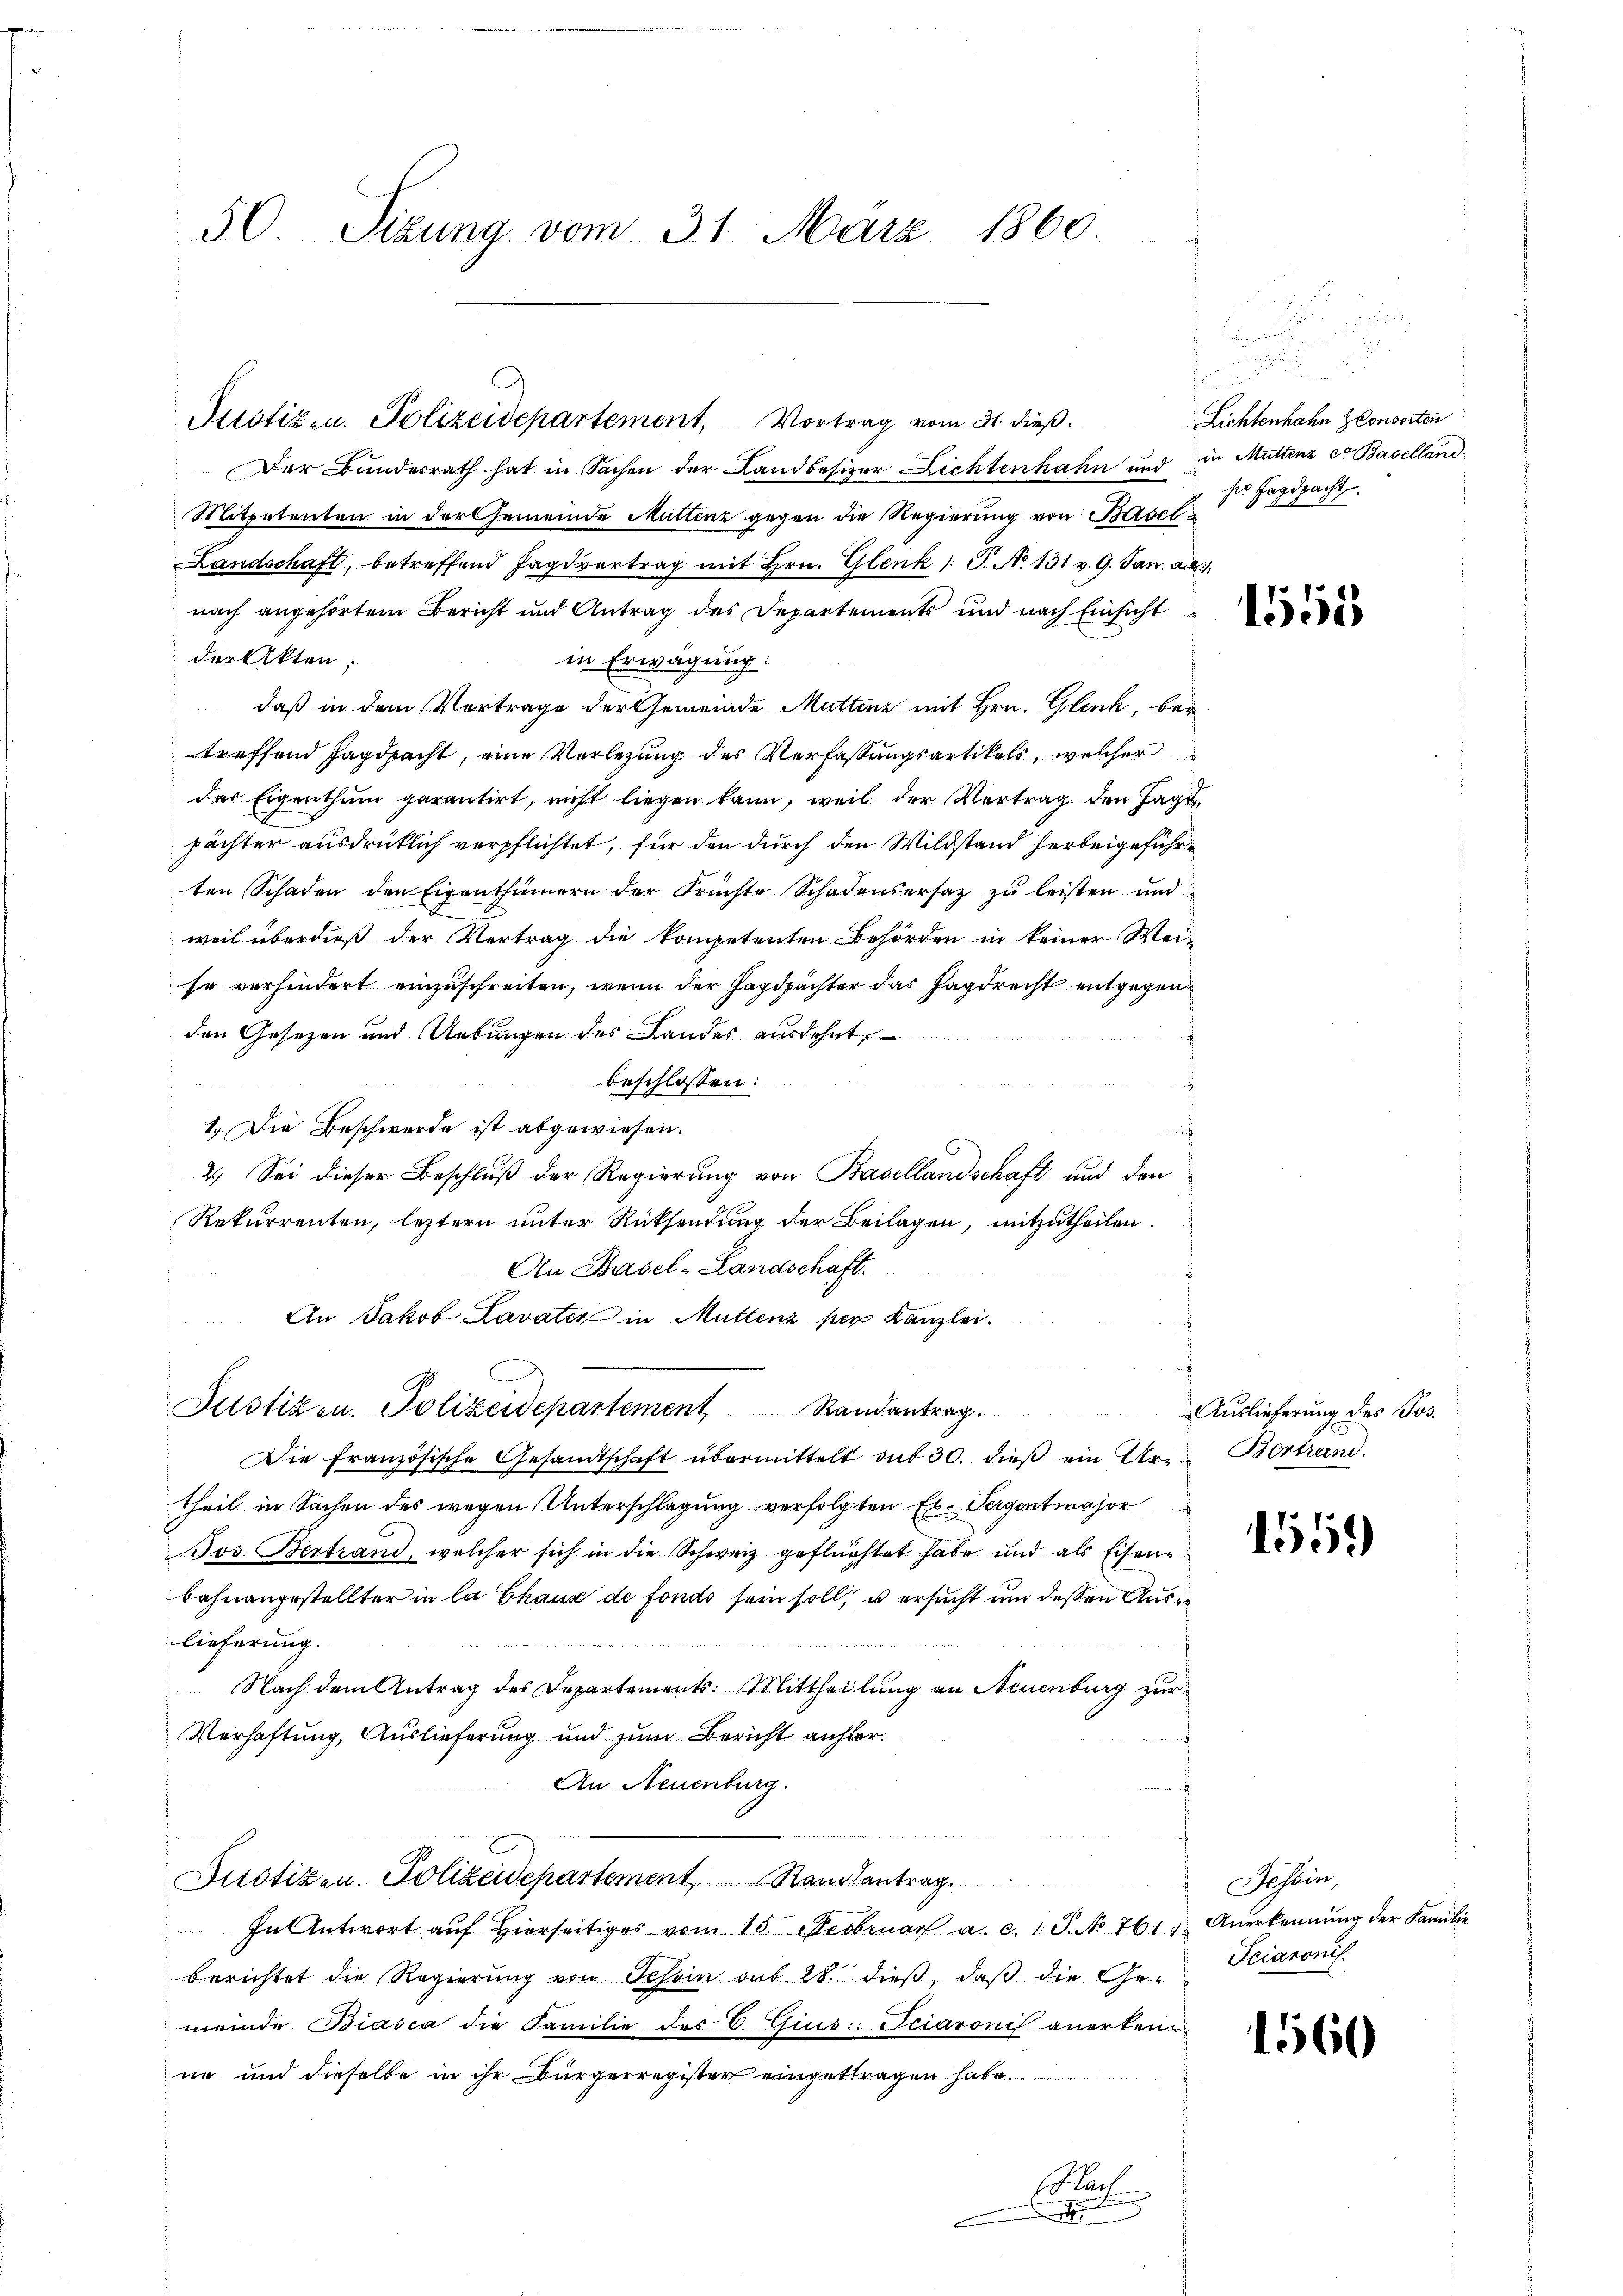
50. Sizung vom 31. März 1860.

Justizen. Polizeidepartement, Vortrag vom 31. dieß.

Der Bundesrath hat in Sachen der Landbesizer Lichtenhahn und in Muttenz co Baselland
Mitpetenten in der Gemeinde Muttenz gegen die Regierung von Basel¬
Landschaft, betreffend Jagdvertrag mit Hrn. Glenk 1: P. N. 131 v. 9. Jan. a.
nach angehörtem Bericht und Antrag des Departements und nach Einsicht
der Akten;
in Erwägung:
 daß in dem Vortrage der Gemeinde Muttenz mit Hrn. Gleich, ber
treffend Jagdpacht, eine Verletzung des Verfassungsartikels, welcher
das Eigenthum garantirt, nicht liegen kann, weil der Vertrag den Jagdpächter ausdrücklich verpflichtet, für den durch den Wildstand herbeigeführten Schaden den Eigenthümern der Früchte Schadensersatz zu leisten und
weil überdieß der Vertrag die kompetenten Behörden in keiner Weiso verhindert einzuschreiten, wenn der Jagdpächter das Jagdrecht entgegen
den Gesezen und Uebungen des Landes ausdehnt,
beschlossen:
1.) Die Beschwerde ist abgewiesen.
2.) Sei dieser Beschluß der Regierung von Basellandschaft und den
Rekurrenten, leztern unter Rücksendung der Beilagen, mitzutheilen.
An Basel-Landschaft.
An Jakob Lavater in Muttenz per Kanzlei.
Justizen. Polizeidepartement Randantrag.
Die Französische Gesamtschaft übermittelt sub 30. dieβ ein Ure-Bertrand
theil in Sachen des wegen Unterschlagung verfolgten Er- Vergent major
Jos. Bertrand, welcher sich in die Schweiz geflüchtet habe und als Eisen-
bahnangestellter in la Chause de fondo sein soll, u ersucht um dessen Aus
lieferung.
Nach dem Antrag des Departements: Mittheilung an Neuenburg zur
Verhaftung, Auslieferung und zum Bericht anher¬
An Neuenburg.
Justizen. Polizeidepartement, Randsantrag.
In Antwort aŭf hierseits vom 15. Februar a. c. 1. P. No 761. Anerkennung der Familie
berichtet die Regierung von Tessin sub 28. dieß, daß die Ge-
meinde Biasca die Familie des C. Gius: Sciaronis anerkenn
ne und dieselbe in ihr Bürgerregister eingetragen habe.
Nach

.
¬
.
Lichtenhahn IConsorten
hier Jagdpacht.

1555

Auslieferung des Jos.

1551

Tessin,
Sciaronis.

1560